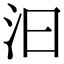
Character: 汩